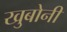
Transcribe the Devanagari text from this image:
खुबोनी